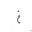
Letter: _gayn